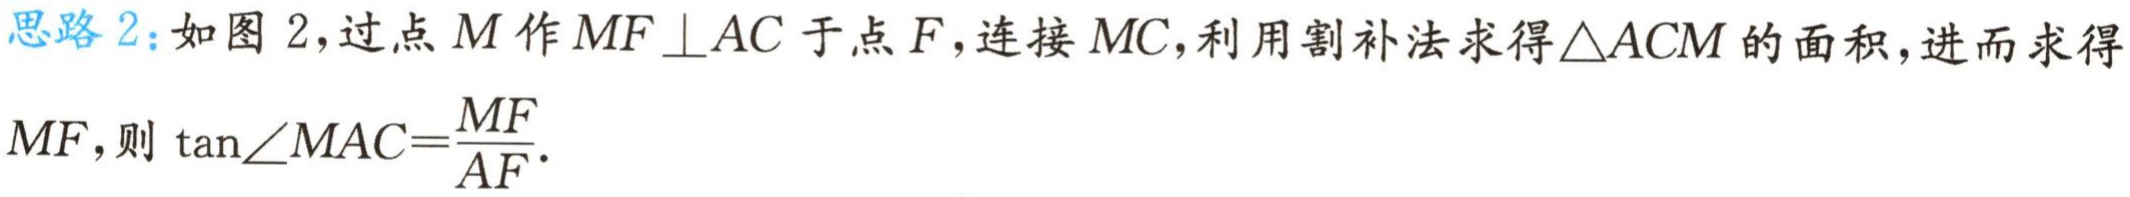
思路 2：如图 2，过点 \(M\) 作 \(MF\perp AC\) 于点 \(F\)，连接 \(MC\)，利用割补法求得\(\triangle ACM\) 的面积，进而求得\(MF\)，则 \(\tan\angle MAC = \frac{MF}{AF}\).